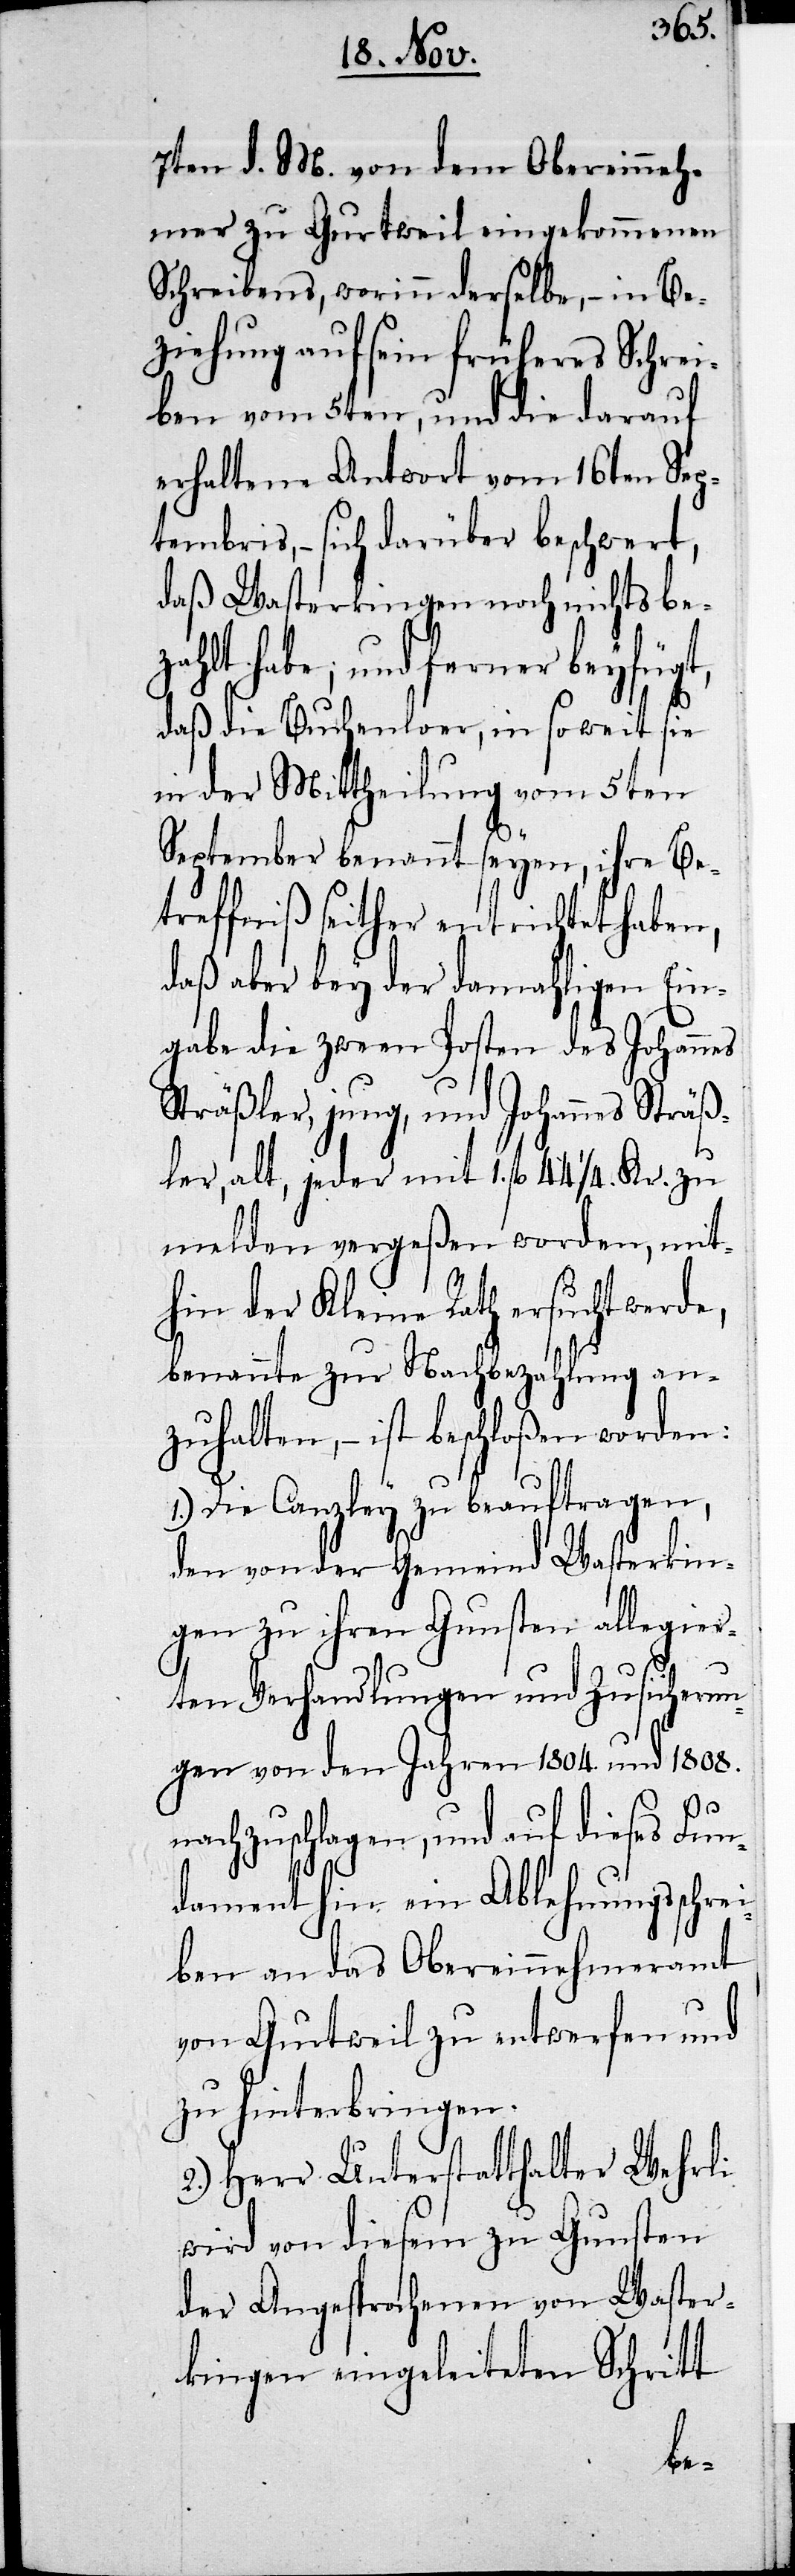
7ten d. M. von dem Obereinneh¬
mer zu Gurtweil eingekommenen
Schreibens, worinn derselbe, – in Be¬
ziehung auf sein früheres Schrei¬
ben vom 5ten, und die darauf
erhaltene Antwort vom 16ten Sep¬
tembris, – sich darüber beschwert,
daß Wasterkingen noch nichts be¬
zahlt habe; und ferner beyfügt,
daß die Buchenloor, in so weit sie
in der Mittheilung vom 5ten
September benannt seyen, ihre Be¬
treffniß seither entrichtet haben,
daß aber bey der damahligen Ein¬
gabe die zween Posten des Johannes
Sträßler, jung, und Johannes Sträß¬
ler, alt, jeder mit 1. fl. 44 ¼. Kr. zu
melden vergeßen worden, mit¬
hin der Kleine Rath ersucht werde,
benannte zur Nachbezahlung an¬
zuhalten, – ist beschloßen worden:
1.) Die Canzley zu beauftragen,
den von der Gemeind Wasterkin¬
gen zu ihren Gunsten allegier¬
ten Verhandlungen und Zusicherun¬
gen von den Jahren 1804. und 1808.
nachzuschlagen, und auf dieses Fun¬
dament hin ein Ablehnungsschrei¬
ben an das Obereinnehmeramt
von Gurtweil zu entwerfen und
zu hinterbringen.
2.) Herr Unterstatthalter Wehrli
wird von diesem zu Gunsten
der Angesprochenen von Waster¬
kingen eingeleiteten Schritt